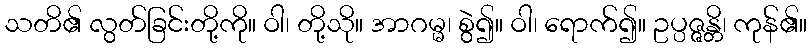
သတိ၏ လွတ်ခြင်းတို့ကို။ ဝါ၊ တို့သို။ အာဂမ္မ၊ စွဲ၍။ ဝါ၊ ရောက်၍။ ဥပ္ပဇ္ဇန္တိ၊ ကုန်၏။